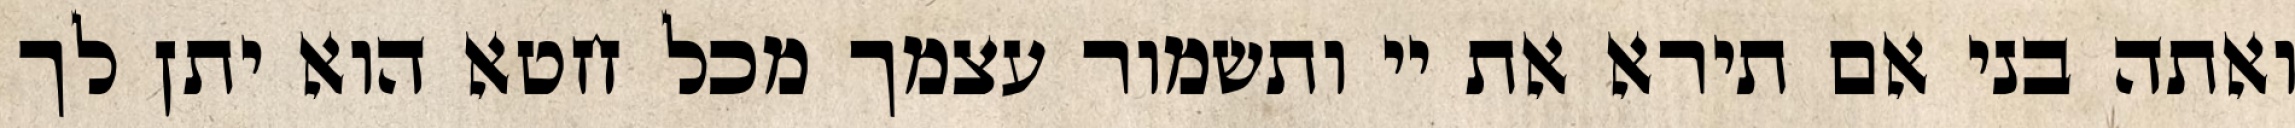
ואתה בני אם תירא את יי ותשמור עצמך מכל חטא הוא יתן לך